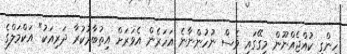
ހިންގި ކުއްޖެއްނޫން މިގޭގައި ވެސް ނުހުންނާނެ އަހަރެން އެވަރަށް އިތުބާރުކުރާ ދަރިއަކު" އަކްމަލްގެ